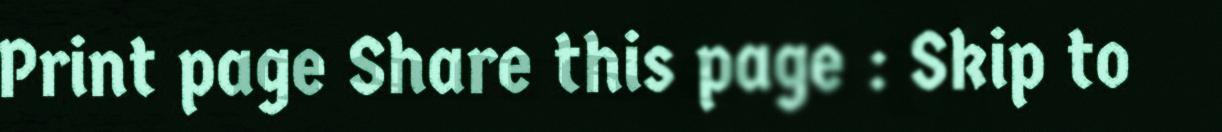
Print page Share this page : Skip to